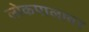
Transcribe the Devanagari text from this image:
लोकपालावर